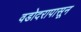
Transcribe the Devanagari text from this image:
वडोदरापासून